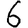
Digit: 6